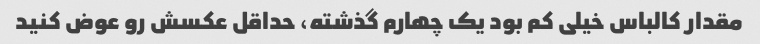
مقدار کالباس خیلی کم بود یک چهارم گذشته، حداقل عکسش رو عوض کنید